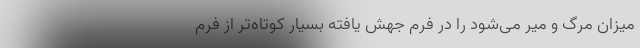
میزان مرگ و میر می‌شود را در فرم جهش یافته بسیار کوتاه‌تر از فرم